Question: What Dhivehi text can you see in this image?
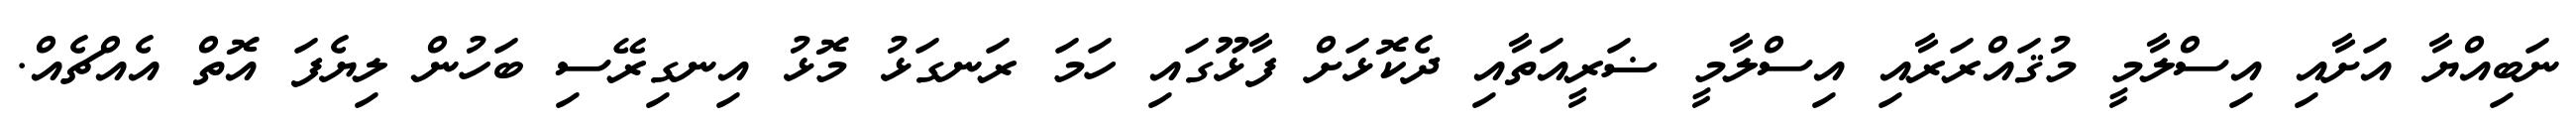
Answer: ނަބިއްޔާ އަށާއި އިސްލާމީ މުޤައްރަރާއި އިސްލާމީ ޟަރީއަތާއި ދެކޮޅަށް ފާޅޫގައި ހަމަ ރަނގަޅު މޮޅު އިނގިރޭސި ބަހުން ލިޔެފަ އޮތް އެއްޗެއް.